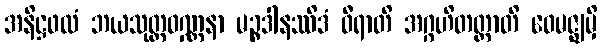
အနိဋ္ဌဖလံ ဘယသုတ္တဝဏ္ဏနာ မဉ္စဒါနဿိဒံ ဝီရာတိ အဂ္ဂဟိတတ္တာတိ ဝေမဇ္ဈမှိ